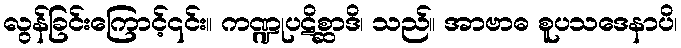
လွန်ခြင်းကြောင့်၎င်း။ ကဏ္ဍုပဋိစ္ဆာဒိ၊ သည်။ အာဗာဓ စူပသဒေနာပိ၊